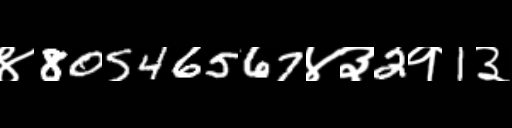
Text: ४80546567४३2१1३